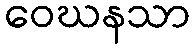
ဝေဃနသာ